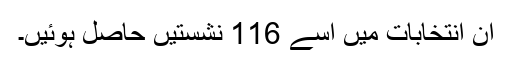
ان انتخابات میں اسے 116 نشستیں حاصل ہوئیں۔